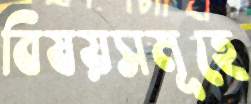
বিষয়সমূহে